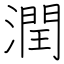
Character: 潤